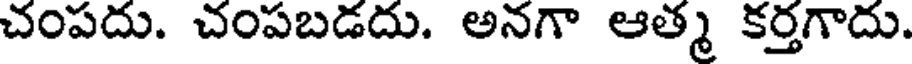
చంపదు. చంపబడదు. అనగా ఆత్మ కర్తగాదు.